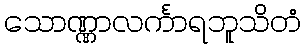
သောဏ္ဏာလင်္ကာရဘူသိတံ